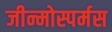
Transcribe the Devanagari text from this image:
जीन्मोस्पर्मस